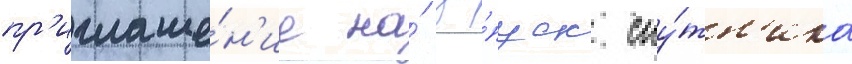
пр'иглаше́н'ие на́ за́пуск спу́тн'ика